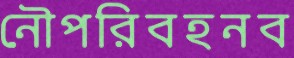
নৌপরিবহনব